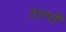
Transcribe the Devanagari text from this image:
तल्पों